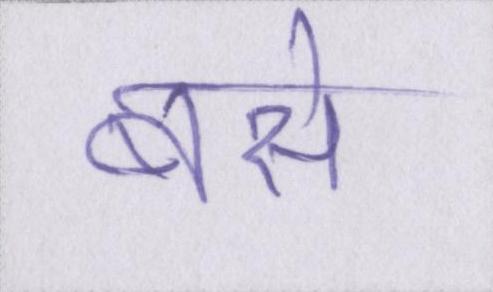
बसे